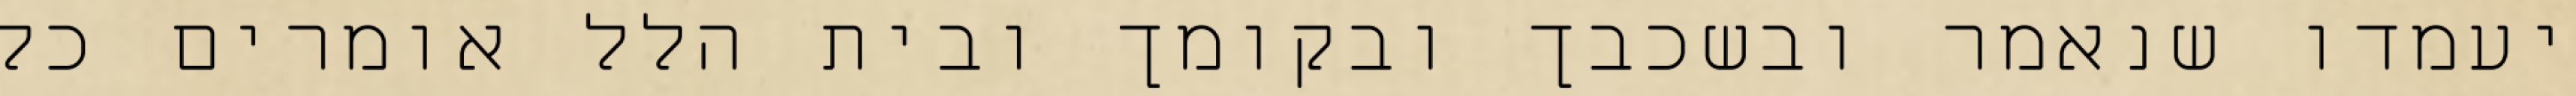
יעמדו שנאמר ובשכבך ובקומך ובית הלל אומרים כל